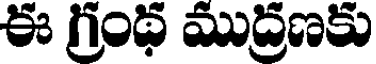
ఈ గ్రంథ ముద్రణకు